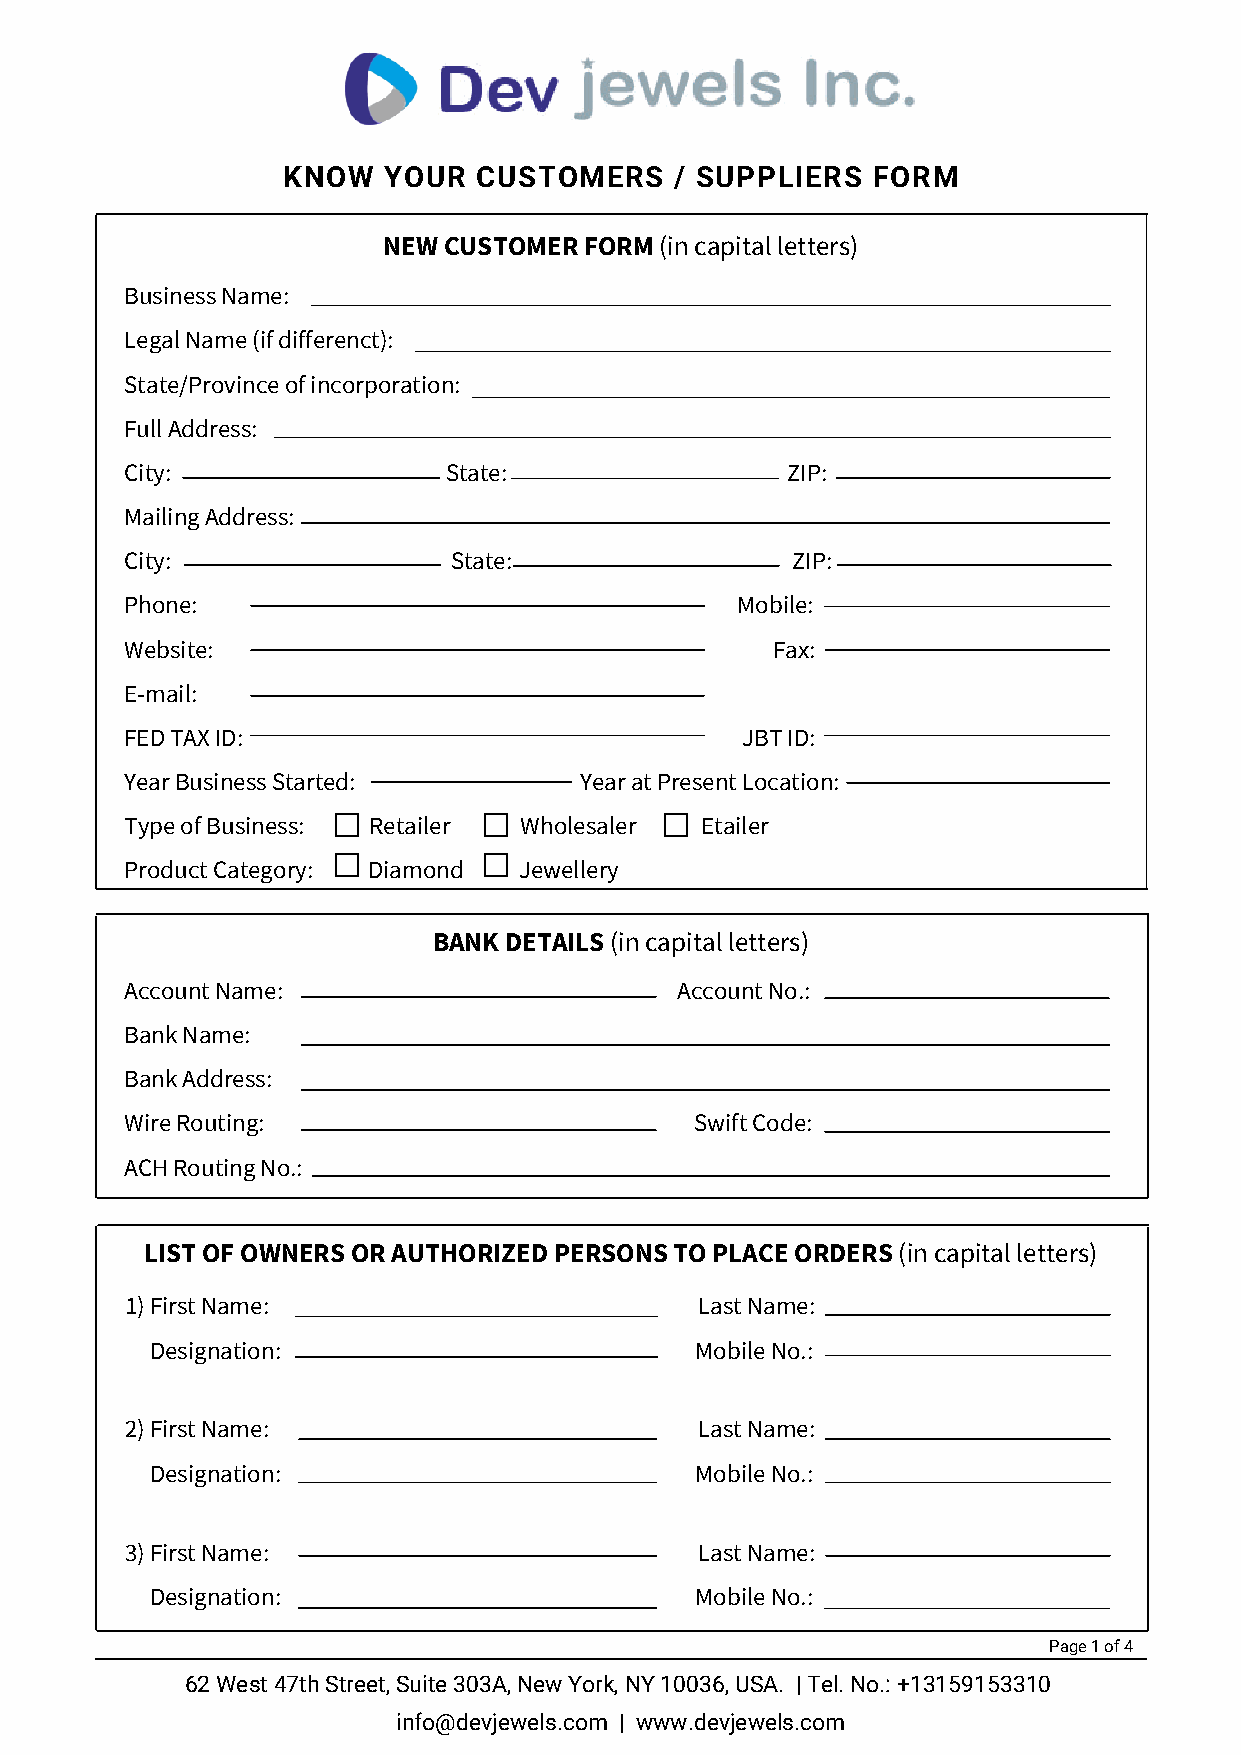
KNOW  YOUR   CUSTOMERS    / SUPPLIERS  FORM
 NEW CUSTOMER  FORM (in capital letters)
 Business Name:
 Legal Name (if differenct):
 State/Province of incorporation:
 Full Address:
 City:                State:                 ZIP:
 Mailing Address:
 City:                 State:                ZIP:
 Phone:                                   Mobile:
 Website:                                   Fax:
 E-mail:
 FED TAX ID:                              JBT ID:
 Year Business Started:        Year at Present Location:
 Type of Business: Retailer Wholesaler Etailer
 Product Category: Diamond Jewellery
 BANK DETAILS (in capital letters)
 Account Name:                        Account No.:
 Bank Name:
 Bank Address:
 Wire Routing:                         Swift Code:
 ACH Routing No.:
 LIST OF OWNERS OR AUTHORIZED PERSONS TO PLACE ORDERS (in capital letters)
 1) First Name:                        Last Name:
 Designation:                        Mobile No.:
 2) First Name:                        Last Name:
 Designation:                        Mobile No.:
 3) First Name:                        Last Name:
 Designation:                        Mobile No.:
 Page 1 of 4
 62 West 47th Street, Suite 303A, New York, NY 10036, USA. | Tel. No.: +13159153310
 info@devjewels.com | www.devjewels.com